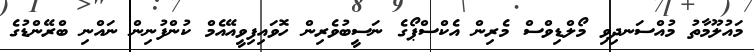
މައުލޫމާތު މުއްސަނދިވި މޯލްޑިވްސް މެރިން އެކްސްޕޯގެ ނަސީބުވެރިން ހޮވައިފިވީއޭއެމް ކުންފުނިން ނައްނި ބްރޭންޑުގެ